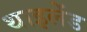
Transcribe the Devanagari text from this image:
थाइलेंड